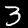
Digit: 3